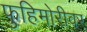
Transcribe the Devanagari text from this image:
फुहिमोरीवर